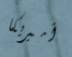
أميريكا